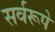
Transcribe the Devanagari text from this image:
सर्वरूपे